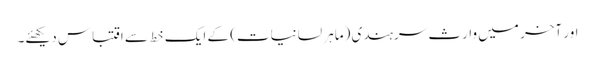
اور آخر میں وارث سرہندی (ماہر لسانیات) کے ایک خط سے اقتباس دیکھئے۔